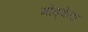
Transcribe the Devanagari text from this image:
मोड्वेना